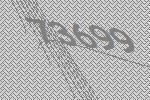
73699